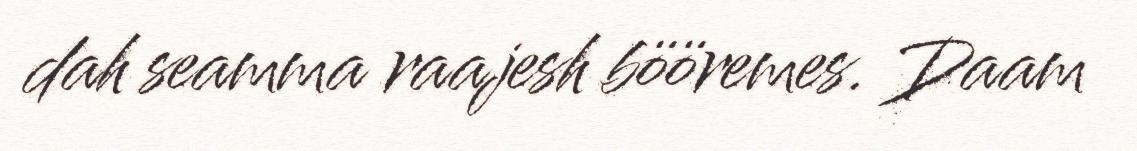
dah seamma raajesh bööremes. Daam